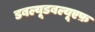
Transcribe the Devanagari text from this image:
डबल्यूडबल्यूएफ़